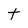
Character: t